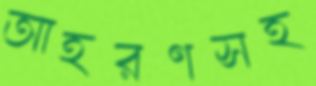
আহরণসহ